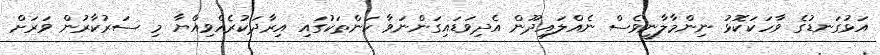
އަޅުގަނޑުގެ ވާހަކަކޮޅު ނިންމާލާނީވެސް ނެއްލައިދޫން އެދިވަޑައިގަންނަވާ ކަންތަކުގައި އިރާދަކުރެއްވިއްޔާ މި ސަރުކާރުން ވަރަށް